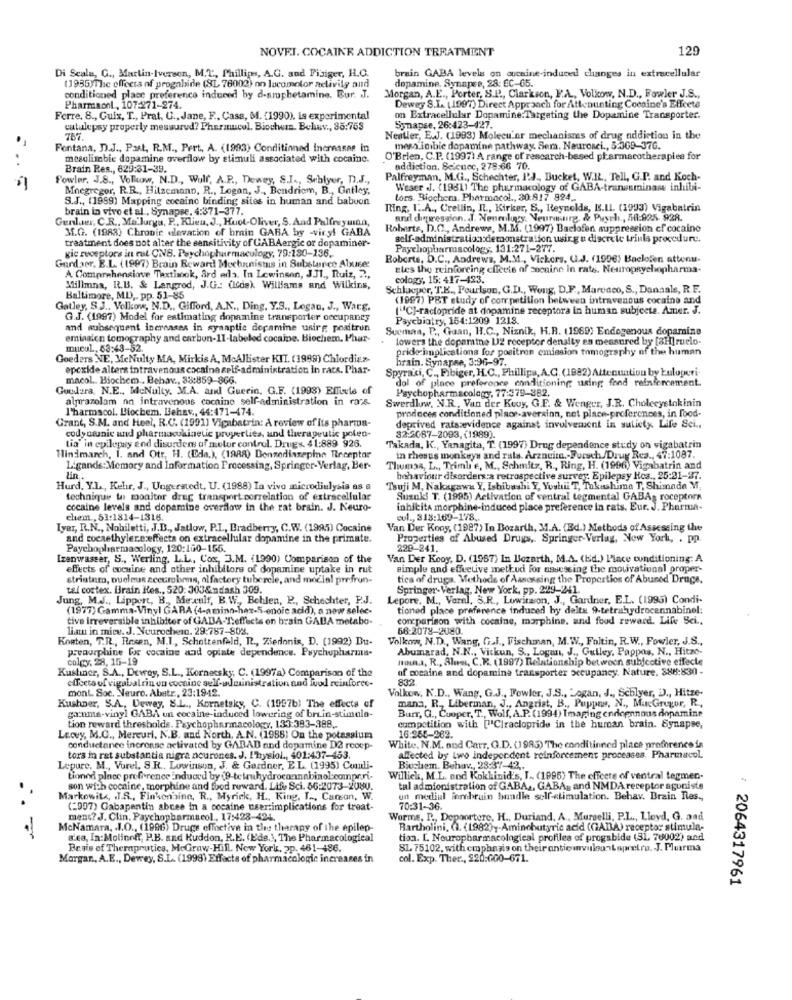
NOVEL. COCAINE ADDICTION TREATMENT
129
Di Scale, G ., Martin-Iverson, M.T ., Phillips, A.G. and Pisiger, H.C.
(1935)The effects of progabide (SL 76002) on locomotor activity and
brain GABA levels on ouchine-induced changes in extracellular
dopamine. Synapse, 28: EC-65.
conditioned place preference induced by d-amphetamine. Eur. J.
Morgan, A.E ., Porter, S.R ., Clarkson, F.A ., Volkow, N.D ., Fowler J.S .,
Pharmaonl, 107-271-274.
Dewey S.I. (1997) Direct Approach for Attenunting Cocaine's Effcete
Ferre, 8 ., Guix, T ., Prat, U ., Jane, F ., Casa, M. (1990). La experimental
on Extracellular Dopamine:Targeting the Dopamine Transporter.
catulepsy properly measured? Phermucul. Biochem. Bohuv ., 85:753
Synapse, 26:423-427.
787.
Neatler, E.J. (1993) Molecular mechanisms of drug addiction in the
Fontana, D.J ., Past, R.M ., Pert, A. (1993) Conditioned increases in
mess inibic dopamine pathway. Sem. Neurosci ., 5:369-37G.
mesolimbic dopamine overflow by stimuli associated with cocaine.
O'Brien, C.P. (1997) A range of research-based pharmacotherapies for
Brain Res ., 829:31-39.
addiction, Scicnec, 279:66 70.
Fowler. J.S ., Vollow, N.D ., Wulf, A.P ., Dewey, S.I ., Seblyer, D.J .,
Palfreyman, M.G ., Schechter, I'J ., Bucket, W.IL ., Tell, G.P. and Koch-
Mnegregor, R.R ., Hitzemann, R ., Logan, J ., Bendriem, B ., Gatley,
Weser .J. (1981) The pharmacology of GABA-transaminase inhibi-
S.J ., (1999) Mapping cocainc binding sites in human and babuon
Lors. Biochem. Pharmacol ., 30.817 824 ..
brain in vivo et al . Synapse, 4:371-377.
Rting, I .. A ., Crellin, n ., Kirker, S ., Reynolds, B.IL. (1993) Vigabatrin
Genluter, C.R ., Ma'Juryu, P ., Klieu, J ., Huot-Oliver, S. And Palfreymina,
and depression. J. Neurology. Neurosurg, & Pusch, 58:925- 928.
3.G. (1988) Chronic elevation of brain GABA by -viryt GABA
Roberts, D.C ., Andrewe, M.M. (1997) Baclofen suppression cf cocaine
treatment does not alter the sensitivity of GABAergic or dopaminer-
self-administration:demonstration using u discrete trinla procedure.
gic receptors in rat QNB. Psychopharmacology, 79:180-136.
Paychopharmacology, 131:271-277.
Gardaer, E.L. (1997) Brain Reward Mechanismus in Substance Abusee
Roberts, D.C ., Andrews, M.M ., Vickers, U.J. (1996) Baclofen attenu-
Eles the reinforcing effects of cocaine in rate. Neuropsychopharma-
A Comprehensive Taxtimck, ard ada. In Lewinson, JJI ., Ruiz, 2 .,
cology, 15: 417-423.
Millmna, R.B. & Langrod, J.G .: (ide). Williams and Wilkins,
Schlugper, T.K ., Pourlson, G.D ., Wong, D.F ., Marocco, S ., Danaals, R.F.
Baltimore, MD ,, pp. 51-85
(1997) PET study of competition between intravenous cocaine and
Gatley, S.J .. Volkow, N.D ., Gifford, A.K ., Ding, Y.S ., Logan, J ., Warg.
("'C]-ractopride at dopamine receptora in human subjecte. Amer. J.
G.J. (1997) Model for estimating dopamine transporter occupancy
Psychiatry, 154:1209 1218
and subsequent increases in synaptic dopamine unirg positron
Sueman, P ., Gaan, H.C ., Niznik, H.B. (1969) Endogenous dopamine
eminaien tomography and carbon-11-labeled cocaine. Biochem. Phar-
lowers the dopamine U2 receptor denally en measured by [3H] ruclo
mucul, 63:43-52.
pride implications for positron emission tomography of the human
Goeders NE, MeNulty MA, Mirkis A, McAllister KII. (1998) Chlordiez-
hrain. Synapse, 3:96-97.
epcxide alters intravenous cocaine self-administration in rate. Phar-
Spyraki, C ., Fibiger, H.C ., Phillips, A.C. (1982) Attenuation by Łuloperi-
macol. Biochem .. Behav ., 38:859-866.
dol of place preferonce conditioning using fond reinforcement
Gordura, N.E ., McNulty, M.A. and Guerin, G.F. (1993) Emfile of
Psychopharmacology, 77:379-382.
alprazolam nn intravenous cocaine self-administration in razs.
Swerdlow, N.R ., Van der Kowy, G.E. & Wenger, J.R. Cholecystokinin
l'harmacol. Biochem. Behav ., 44:471-474.
Grant, S.M. and Heel, R.C. (1991) Vigabatrin: A review of its pharma-
produces conditioned place-averainn, net place-preferences, in food-
deprived ratswevidence against involvement in sutiety Life Sci .,
cody nanic und pharmacokinetic properties, and therapeutic polen-
Lia" in epilepsy end disurdem af motor control. Drugs. 41:889 926.
32:2087-2093, (1989).
"Takada, K ., Yanagita, T. (1997) Drug dependence study on vigabatrin
Hindmarch, 1. and Otr, H. (Eda.), (1988) Benzodiazepine Receptor
in rhesus monkeys and rals. Arzneitn .- Forsch/Drug Rca ., 47:1087.
Ligands:Memory and Information Processing, Springer-Verlag, Ber-
Thumas, L ., Trimb e, M ., Schmitz, R ., Ring, H. (1996) Vigabatrin and
Lin
behaviour disorders:a retrospective survey. Epilepsy Hoa ., 25:21-1/7.
Hurd, Y.L ., Kehr, J ., Ungeratedt, U. (1988) In vivo microdiulysia as a
Tsuji M, Nakagawa Y, Ishibashi Y, Yoshil T, Takashima T, Shimada M,
technique to monitor dreg transport correlation of extracellular
Suzuki T. (1995) Activation of ventral tegmental GABA, roceptors
cocaine levels and dopamine overflow in the rat brain. J. Neuro-
inhicita morphine-induced place preference in rats. Eur. J. Pharma-
chem ., 51:1814-1316.
eul ., 313:169-178.
Iyar, R.N ., Nobiletti, J.D ., Jatlow, P.I ., Bradberry, C.W. (1995) Cocaine
Van Der Kooy, (1987) In Bozarth, M.A. (Ed.) Methods of Assessing the
and cocaethylereeffects on extracellular dopamine in the primate.
Properties of Abused Drugs, Springer-Verlag, Now York, . pp
Psychopharmacology, 120:160-155.
229-241.
Izenwasser, S ., Werling. L.L ., Cox, J.M. (1990) Comparison of the
Van Der Kooy, D. (1987) In Bozarth, M.A. (Ed.) Place conditioning: A
effects of cocaine and other inhibitors of dopamine uptake in rut
simple and effective method for assessing the motivational proper-
striatum, nucleus zcecrobons, olfactory tuberele, and mocial prefrun-
ties of drugs. Methods of Assessing the Properties of Abused Drugs,
tal costex. Brain Hes ., 520: 303&ndash 309.
Springer- Verlag, New York, pp. 229-241
Jung, M.J ., Lippert, B ., Meccult, B.W ., Bohlen, P ., Schechter, P.J.
Lepore. M ., Varel, S.R ., Lowitsion, J ., Gardner, E.L. (1993) Condi-
(1977) Gamma-Vinyl GARA (4-amino-har-5-enoic acid), a new selec-
tioned place preference induced by deltx 9-tetrahydrocannabinol:
tive irreversible inhibitor of GABA-Teffects on brain GABA metabo-
comparison with cocaine, morphine, and food reward. Life Sci ..
lian in mice. J. Neurochern. 29:787-802.
66-2078-2080
Kosten, T.R ., Rosen, M.I ., Schottenfeld, R ., Ziedonis, D. (1992) Du-
Volkow, N.D ., Wang, G.l ., Fischinan, M. W ., Foltin, R.W ., Fowler, J.S .,
preourphine for cocaine and opinte dependence. Psychopharma-
Abumarad, N.N ., Vickun, S ., Logan, J ., Gulley, Pappas, N ., Hitze-
colgy, 28, 15-19
mona, R ., Slun, C.R. (1997) Relationship between subjective effecte
Kushner, S.A ., Dewey, S.L ., Kornecsky; C. (1997a) Comparison of the
of cocaine and dopamina transporter occupancy. Nature, 388:830 -
effects of vigabatrin un cocaine self-administration and wood reinforce-
832
mont. Soc. Neuro. Abetr, 23:1942.
Volkow, N.D ., Wang, G.J ., Fowler, J.S ., Logan, J ., Schlyer, D) ., Hitze-
Kushner, S.A ., Dewey, S.L ., Kornetsky, C. (1997b) The effects of
mana, R ., Liberman, J ., Angrist, B ., Puppea, N ., MacGregor, R .,
Burr, Q ., Cooper, T ., Wolf, A.P. (1994) Imaging endoennous dopamine
ganma-vinyl GABA un cocaine-induced lowering of bruin-stimula-
tion reward thresholds. Psychopharmacology, 133:393-388.
competition with [""C|raciopride in the human brain. Synapse,
16:255-262.
Lewey, M.C ., Mercuri, N.B. and North, A.N. (1958) On the potassium
conductance incronse activated by GABAD and dopamine D2 recep
White, N.M. and Carr, G.D. (1985) The conditioned place preference in
tors in rat substantia nigra neurones. J. Ilysiol ., 401:437-453.
affected by two independent reinforcement processes. Pharmacol.
Lepure, M ., Vorel, S.R ., Lowinson, J. & Gardner, E.L. (1995) Condi-
Biochem. Behav ., 28:37-42 ..
tionnd place preference induced by (9-tetrahydrocannabinol.compr.ri-
Willick, M.L. and Kokkinid's, I .. (1995) The cffcete of ventral tegmen-
son with cocaine, morphine and food reward. Life Sci. 56:2073-2080.
tul administration of GABA .. GABA, and NMDA receptor agoniste
Markowitz, . T.S ., Finkonbine, R ., Myrick, H ., King, I ., Carean, W.
un mediul forbruin bundle self-stimulation. Behav. Brain Res .,
. .
(=997) Gabapentin abces in a cocaine user:implications for treat-
70:31-36.
mens? J. Clin. Paychopharmacol, 17:423-424.
Worms, R ., Depoortere, H ., Duriand. A ., Murselli, P.L ., Lloyd, G. aad
McNamara, . I.O ., (1996) Druge effective in the therapy of the epilep-
Bartholini. G. (1982)y-Aminebutyric acid (GADA) receptor stimula-
s'es, In:Molinoff, P.B. and Kuddon, R.E. (E'de.), The Pharmacological
tion. I. Nouropharmacological profiles of progabide (31, 76002) and
Brais of Therapeutics, MeGraw-Hill. New York, 2p. 461-486.
S1 75102, with emphasis on their anticivileunLopretro. J. Pluarma
Morgan, A.E ., Dewey, S.L. (1998) Effacts of pharmacologic increases in
col. Exp. Ther ., $20:000-671.
: 2064317961